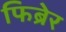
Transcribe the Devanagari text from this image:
फिब्रेर